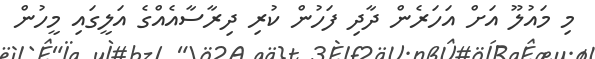
މި މައުލޫ އަށް އަހަރެން ދާދި ފަހުން ކުރި ދިރާސާއެއްގެ އަލީގައި މީހުން